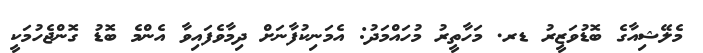
މެލޭޝިއާގެ ބޮޑުވަޒީރު ޑރ. މަހާތީރު މުހައްމަދު: އެމަނިކުފާނަށް ދިމާވެފައިވާ އެންމެ ބޮޑު ގޮންޖެހުމަކީ